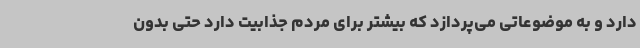
دارد و به موضوعاتی می‌پردازد که بیشتر برای مردم جذابیت دارد حتی بدون